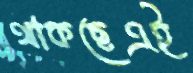
থাকছেএই